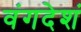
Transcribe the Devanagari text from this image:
वंगदेशं